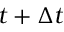
t + \Delta t